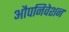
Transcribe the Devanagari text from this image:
औपनिवेशन